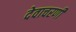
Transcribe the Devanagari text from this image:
देवाचरणी